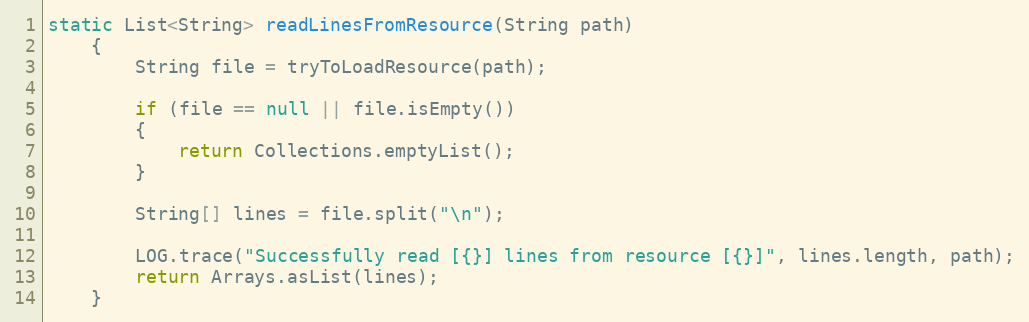
Language: Java
static List<String> readLinesFromResource(String path)
    {
        String file = tryToLoadResource(path);

        if (file == null || file.isEmpty())
        {
            return Collections.emptyList();
        }

        String[] lines = file.split("\n");

        LOG.trace("Successfully read [{}] lines from resource [{}]", lines.length, path);
        return Arrays.asList(lines);
    }